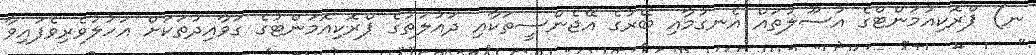
ނ) ޕްރޮކިއުމަންޓްގެ އުސޫލުތައް އެނގުމާއި ބޭރުގެ އޭޖެންސީތަކާއި ދައުލަތުގެ ޕްރޮކިއޮމަންޓުގެ ގަވާއިދުތަކަށް އަހުލުވެރިވެފައިވާ